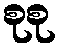
စုစု